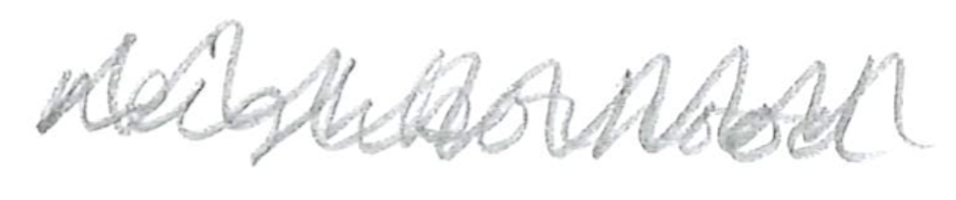
Text: neighborhood
Cross-out: zig-zag
Writing tool: pencil